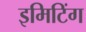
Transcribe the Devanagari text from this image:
इमिटिंग